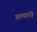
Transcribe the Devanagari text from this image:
तत्यांनी